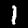
Digit: 1